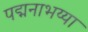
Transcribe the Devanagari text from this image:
पद्मनाभय्या